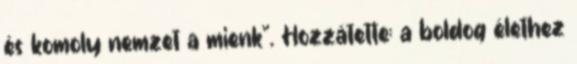
és komoly nemzet a mienk". Hozzátette: a boldog élethez